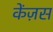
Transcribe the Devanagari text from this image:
केंज़स